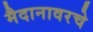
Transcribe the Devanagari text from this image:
मैदानावरचे